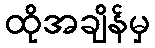
ထိုအချိန်မှ